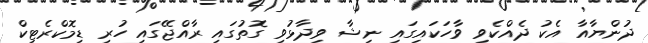
ދުންޔާއާ އެކު ދެއްކެވި ވާހަކައިގައި ނިޝާ ވިދާޅުވި ގޮތުގައި ރާއްޖޭގައި ހުރި ޑިމޮކްރެޓިކް